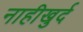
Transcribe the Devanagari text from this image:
नाहीखुर्द